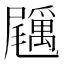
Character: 𡳲